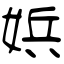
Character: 娦